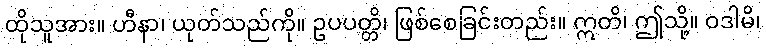
ထိုသူအား။ ဟီနာ၊ ယုတ်သည်ကို။ ဥပပတ္တိ၊ ဖြစ်စေခြင်းတည်း။ ဣတိ၊ ဤသို့။ ဝဒါမိ၊